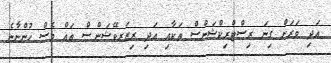
އަދި ވަރަށް ގިނަ ރިސްޓްރިކްޝަންސް ތަކާއި އަދި ރިޒަރވޭޝަންސް ތައް ވެސް ހުންނާނެ